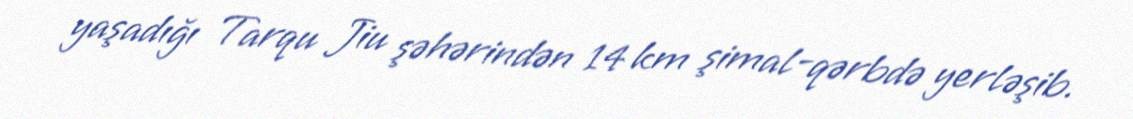
yaşadığı Tarqu Jiu şəhərindən 14 km şimal-qərbdə yerləşib.